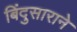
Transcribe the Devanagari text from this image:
बिंदुसाराने